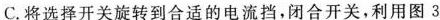
C.将选择开关旋转到合适的电流挡，闭合开关，利用图 3